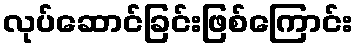
လုပ်ဆောင်ခြင်းဖြစ်ကြောင်း